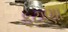
ફટાણા